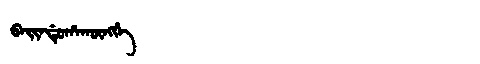
Manchu: ᠪᠠᡳᠨᡩᡠᡥᠠᡴᡡᠩᡤᡝ
Romanization: BAINDUHAKŪNGGE